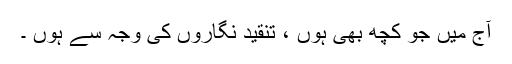
آج میں جو کچھ بھی ہوں ، تنقید نگاروں کی وجہ سے ہوں ۔